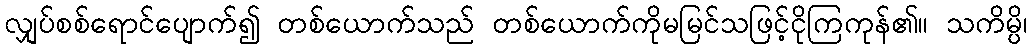
လျှပ်စစ်ရောင်ပျောက်၍ တစ်ယောက်သည် တစ်ယောက်ကိုမမြင်သဖြင့်ငိုကြကုန်၏။ သကိမ္ပိ၊